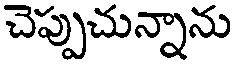
చెప్పుచున్నాను